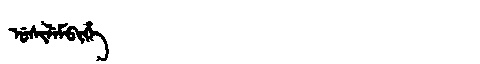
Manchu: ᡠᠰᡳᠯᡝᠮᠪᡳᡥᡝ
Romanization: USILEMBIHE